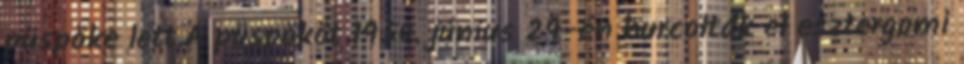
püspöke lett.A püspököt 1950. június 29-én hurcolták el esztergomi